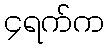
၄ရက်က